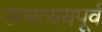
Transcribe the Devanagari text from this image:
उत्पत्ययपूर्व